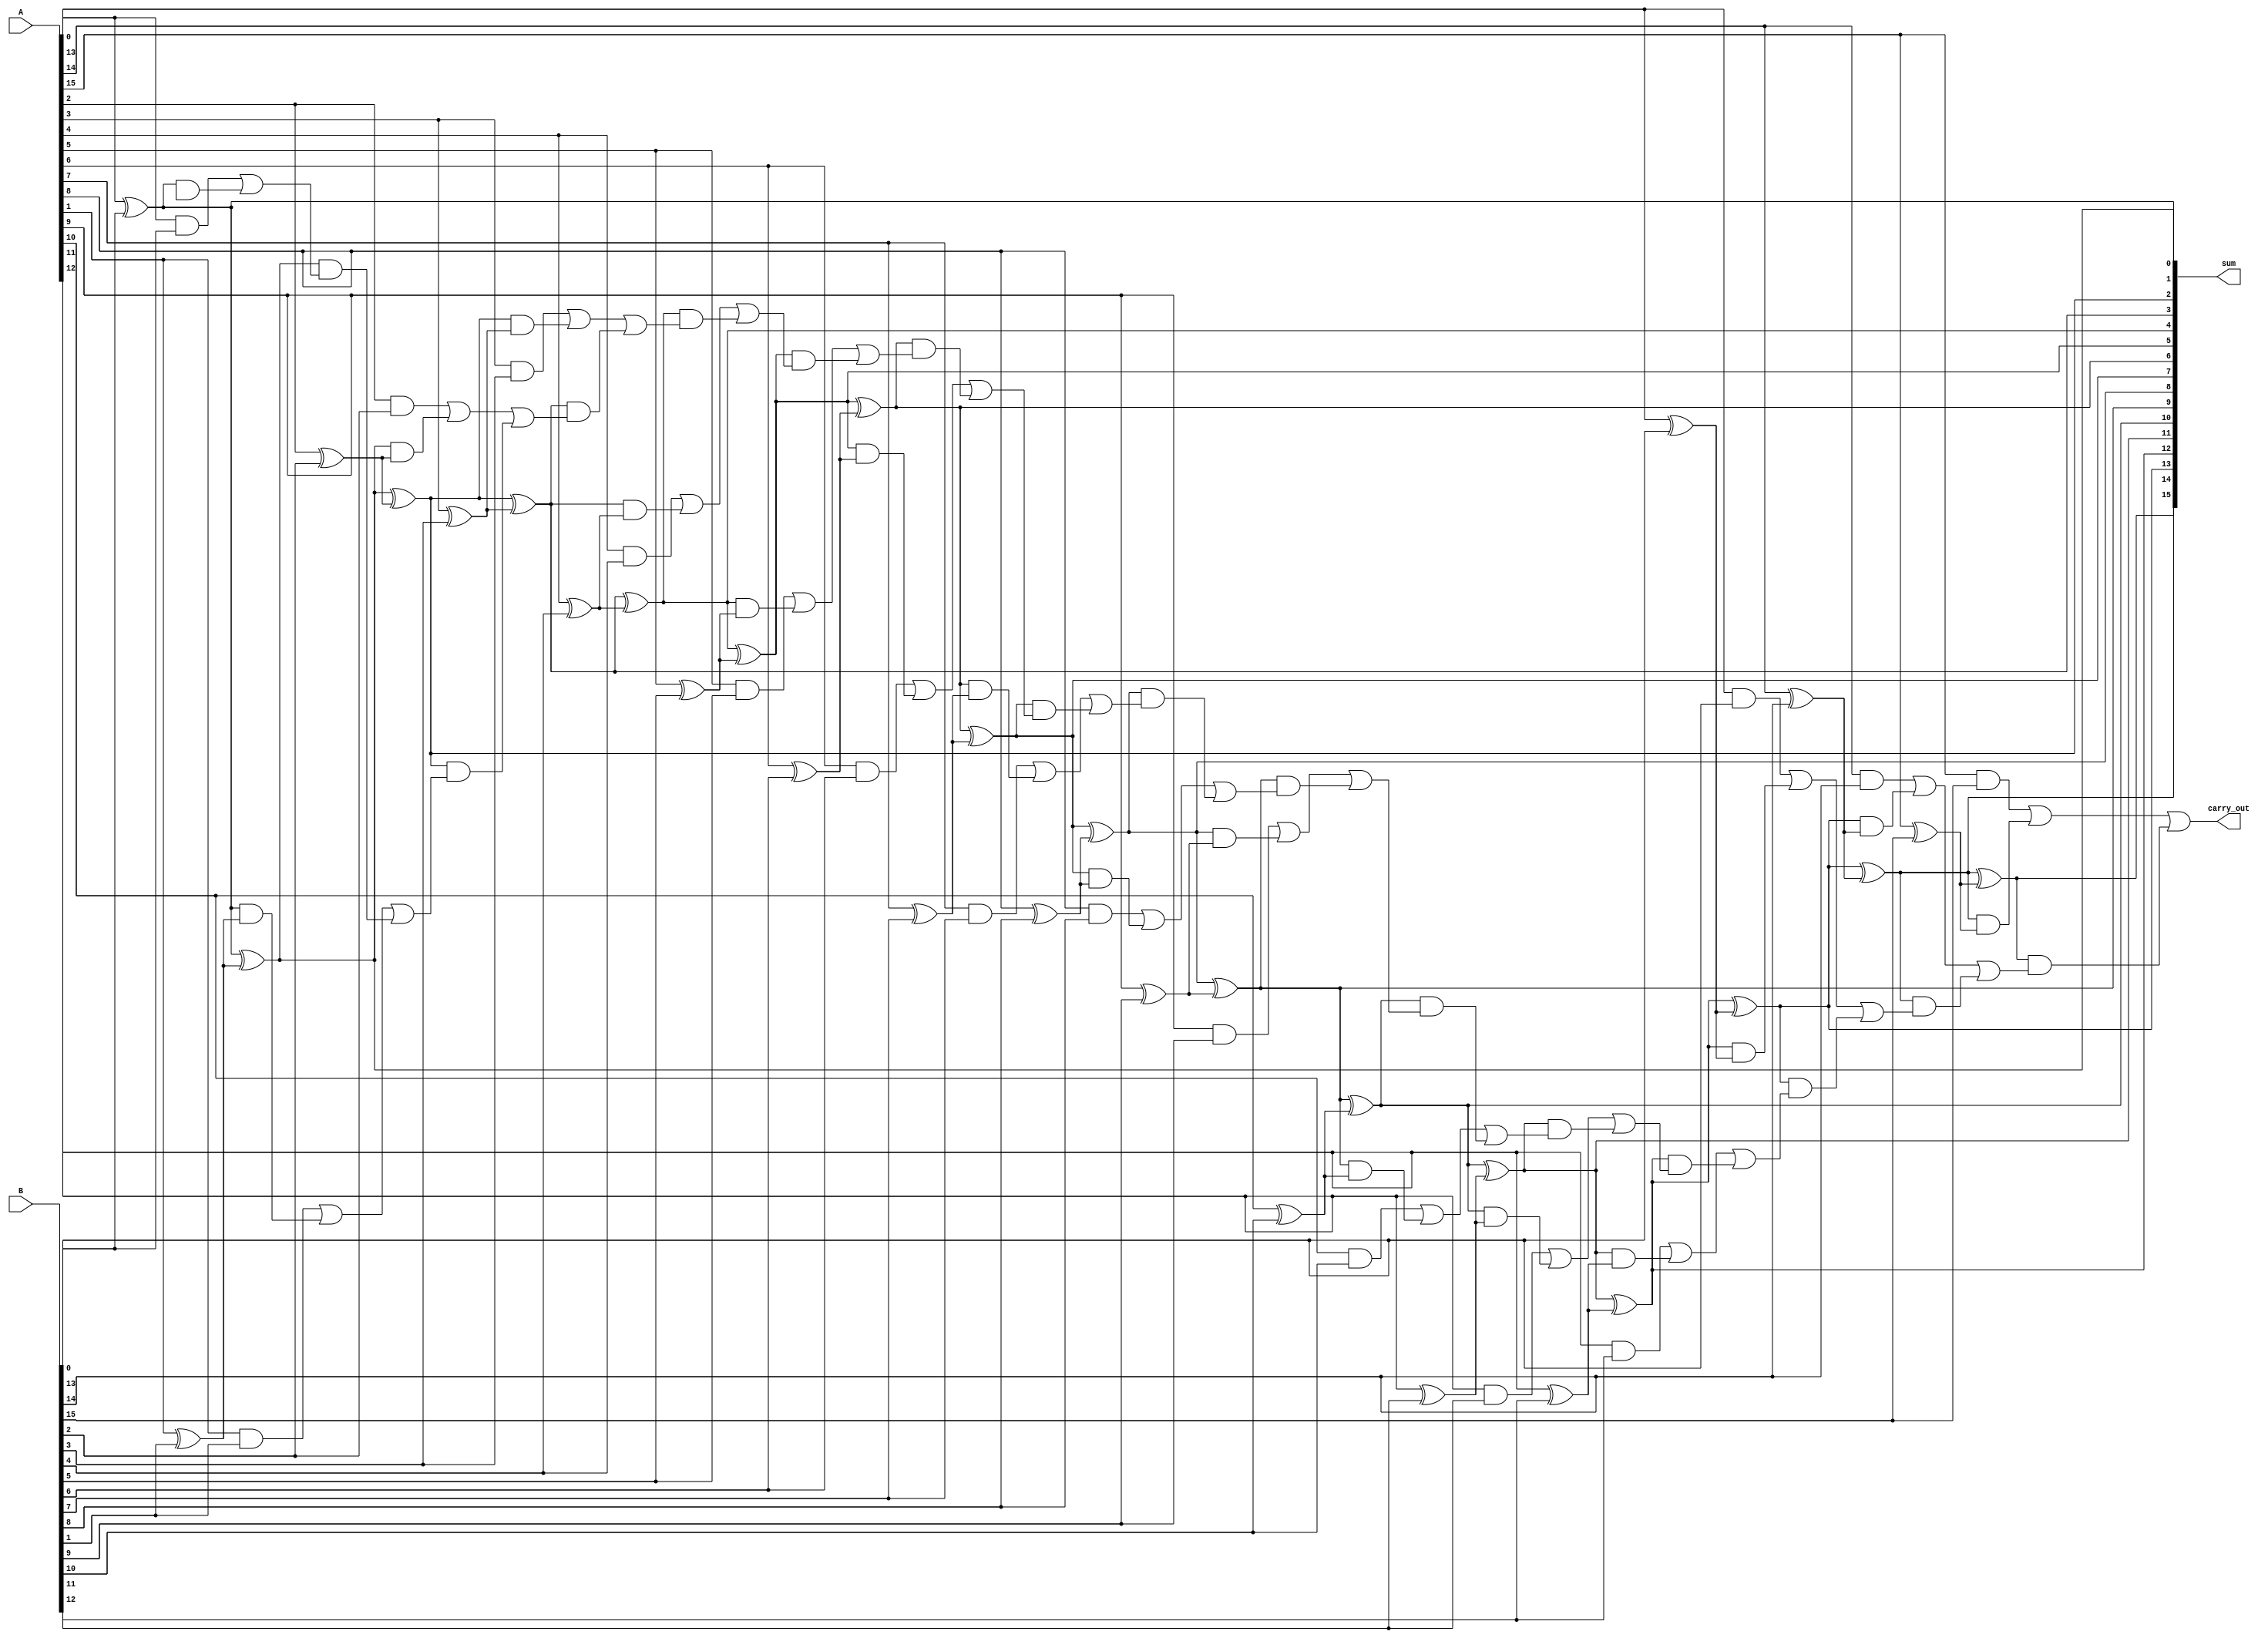
module Kogge_Stone_Adder (
  input [15:0] A,
  input [15:0] B,
  output [16:0] sum,
  output carry_out
);

  wire [16:0] P;
  wire [16:0] G;

  assign P[0] = A[0] ^ B[0];
  assign G[0] = A[0] & B[0];
  
  wire [15:0] C;

  genvar i;
  generate
    for (i = 0; i < 15; i = i + 1) begin : stage
          assign P[i+1] = P[i] ^ (A[i+1] ^ B[i+1]);
          assign G[i+1] = (A[i+1] & B[i+1]) | (P[i] & (A[i+1] ^ B[i+1]));

          assign C[i] = G[i] | (P[i] & C[i-1]);
      end
  endgenerate

  assign sum[15:0] = P[15:0];
  assign sum[16] = C[15];

  assign carry_out = G[15] | (P[15] & C[14]);

endmodule